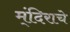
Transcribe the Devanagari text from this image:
म्ंदिराचे